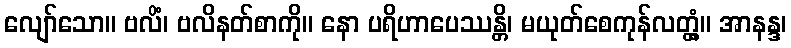
လျော်သော။ ဗလိံ၊ ဗလိနတ်စာကို။ နော ပရိဟာပေဿန္တိ၊ မယုတ်စေကုန်လတ္တံ့။ အာနန္ဒ၊